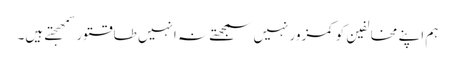
ہم اپنے مخالفین کو کمزور نہیں سمجھتے نہ انہیں طاقتور سمھجتے ہیں۔